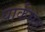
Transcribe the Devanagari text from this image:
पार्कसह